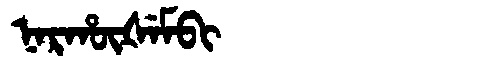
Manchu: ᠨᠠᡵᡥᡡᡧᡝᠮᠪᡳ
Romanization: NARHŪŠEMBI